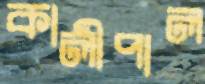
কালীপাল